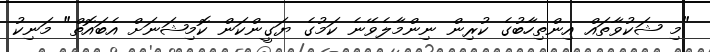
"މި ޝަކުވާތައް އިންތިހާބުގެ ކުރިން ނިންމާލެވޭނެ ކަމުގެ ޔަގީންކަން ކޮމިޝަނަށް އެބައޮތް" މަނިކު